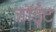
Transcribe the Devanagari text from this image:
जॉईंट